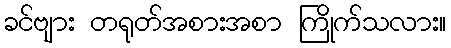
ခင်ဗျား တရုတ်အစားအစာ ကြိုက်သလား။